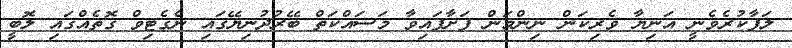
ލަފާކުރެވެނީ އަނިޔާ ވެރިކަން ނިންމަން ފަށާފައިވާ މަސައްކަތް ބޭރުދުނިޔޭގައި ނެގެޓިވް ގޮތެއްގައި ލޮބީ